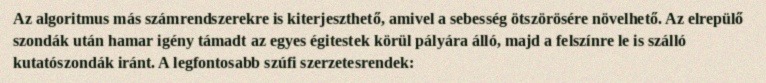
Az algoritmus más számrendszerekre is kiterjeszthető, amivel a sebesség ötszörösére növelhető. Az elrepülő szondák után hamar igény támadt az egyes égitestek körül pályára álló, majd a felszínre le is szálló kutatószondák iránt. A legfontosabb szúfi szerzetesrendek: